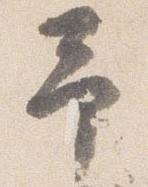
予